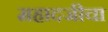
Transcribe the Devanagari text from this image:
महादजीचा